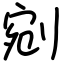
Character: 剜